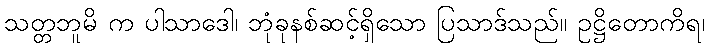
သတ္တဘူမိ က ပါသာဒေါ၊ ဘုံခုနစ်ဆင့်ရှိသော ပြသာဒ်သည်။ ဥဋ္ဌိတောကိရ၊